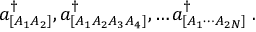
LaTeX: a _ { [ A _ { 1 } A _ { 2 } ] } ^ { \dagger } , a _ { [ A _ { 1 } A _ { 2 } A _ { 3 } A _ { 4 } ] } ^ { \dagger } , \dots a _ { [ A _ { 1 } \cdots A _ { 2 N } ] } ^ { \dagger } \; .